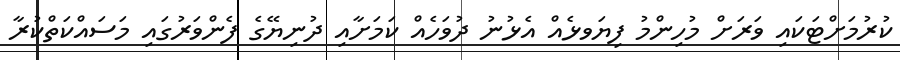
ކުރުމަށްޓަކައި ވަރަށް މުހިންމު ފިޔަވޅެއް އެޅުނު ދުވަހެއް ކަމަށާއި ދުނިޔޭގެ ފެންވަރުގައި މަސައްކަތްކުރާ